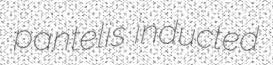
pantelis inducted